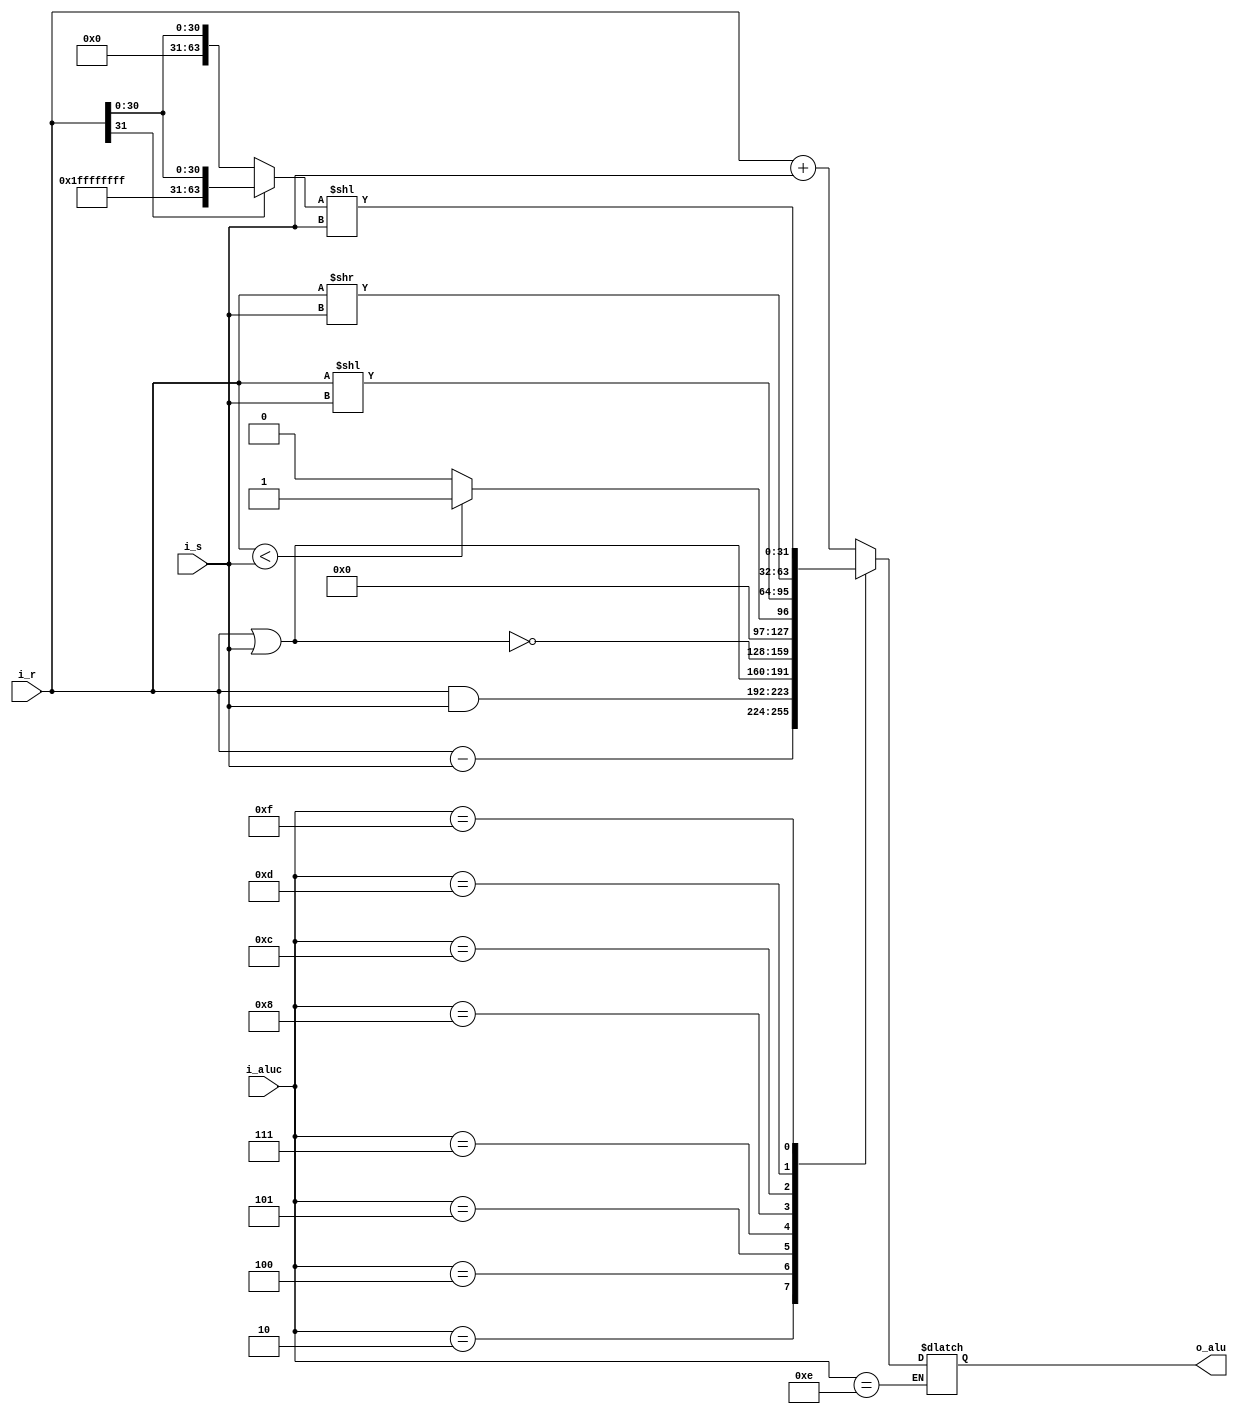
`timescale 1ns / 1ps
//////////////////////////////////////////////////////////////////////////////////
// Company: 
// Engineer: 
// 
// Design Name: 
// Module Name:    alu 
// Project Name: 
// Target Devices: 
// Tool versions: 
// Description: 
//
// Dependencies: 
//
// Revision: 
// Revision 0.01 - File Created
// Additional Comments: 
//
//////////////////////////////////////////////////////////////////////////////////
module alu(i_r,i_s,i_aluc,o_alu);
	input [31:0] i_r;		//i_r: r input
	input [31:0] i_s;		//i_s: s input
	input [3:0] i_aluc;		//i_aluc: ctrl input
	output [31:0] o_alu;		//o_alu: alu result output
	reg [31:0] o_alu;
	reg [63:0] tem;
	
	always @(i_aluc or i_r or i_s) begin
		case (i_aluc)
			4'b0000:begin
				o_alu=i_r+i_s;
				end
			4'b0010:begin
				o_alu=i_r-i_s;
				end
			4'b0100:begin
				o_alu=i_r&i_s;
				end
			4'b0101:begin
				o_alu=i_r|i_s;
				end
			4'b0111:begin
				o_alu=~(i_r|i_s);
				end
			4'b1000:begin
				if (i_r < i_s)
					o_alu=1;
				else 
					o_alu=0;
				end
			4'b1100:begin
				o_alu=i_r<<i_s;
				end
			4'b1101:begin
				o_alu=i_r>>i_s;
				end
			4'b1111:begin
				tem=i_r[31]?{{32'hFFFFFFFF},i_r}:{32'h0,i_r};
				tem=(tem<<i_s);
				o_alu=tem[31:0];
				end
			4'b1110:begin
				end
			default:begin
				o_alu=i_r+i_s;
				end
		endcase
	end
endmodule